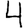
Digit: 4